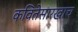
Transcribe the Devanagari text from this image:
कवितेसारखाच